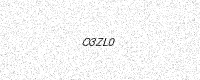
Text: O3ZL0